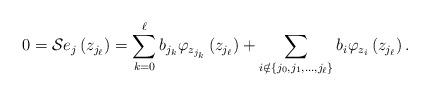
LaTeX: \begin{align*}0=\mathcal{S}e_{j}\left( z_{j_{\ell}}\right) =\sum_{k=0}^{\ell}b_{j_{k}}\varphi_{z_{j_{k}}}\left( z_{j_{\ell}}\right) +\sum_{i\notin\left\{j_{0},j_{1},...,j_{\ell}\right\} }b_{i}\varphi_{z_{i}}\left( z_{j_{\ell}}\right) . \end{align*}